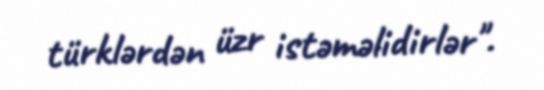
türklərdən üzr istəməlidirlər".